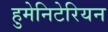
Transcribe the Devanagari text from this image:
हुमेनिटेरियन